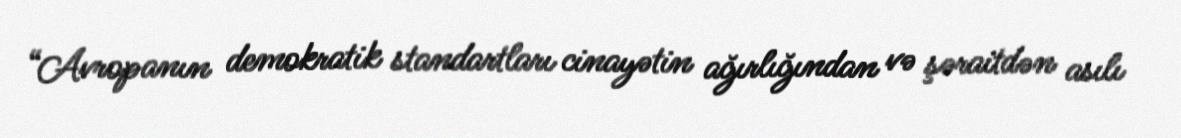
“Avropanın demokratik standartları cinayətin ağırlığından və şəraitdən asılı